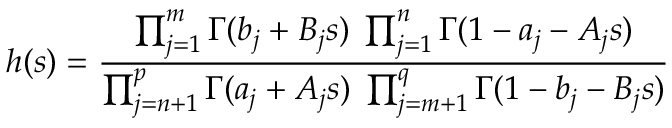
h ( s ) = \frac { \prod _ { j = 1 } ^ { m } \Gamma ( b _ { j } + B _ { j } s ) \; \prod _ { j = 1 } ^ { n } \Gamma ( 1 - a _ { j } - A _ { j } s ) } { \prod _ { j = { n + 1 } } ^ { p } \Gamma ( a _ { j } + A _ { j } s ) \; \prod _ { j = { m + 1 } } ^ { q } \Gamma ( 1 - b _ { j } - B _ { j } s ) }